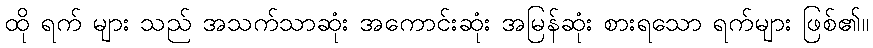
ထို ရက် များ သည် အသက်သာဆုံး အကောင်းဆုံး အမြန်ဆုံး စားရသော ရက်များ ဖြစ်၏။